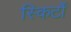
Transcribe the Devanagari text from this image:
स्किर्टों